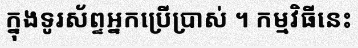
ក្នុងទូរស័ព្ទអ្នកប្រើប្រាស់ ។ កម្មវិធីនេះ